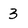
Character: 3